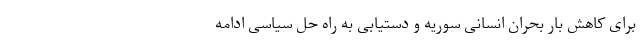
برای کاهش بار بحران انسانی سوریه و دستیابی به راه حل سیاسی ادامه